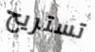
تستريح